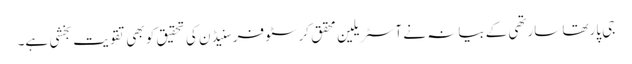
جی پارتھا سارتھی کے بیانہ نے آسٹریلین محقق کرسٹوفر سنیڈن کی تحقیق کو بھی تقویت بخشی ہے۔